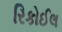
રિકોઈલ